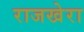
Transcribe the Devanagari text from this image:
राजखेरा